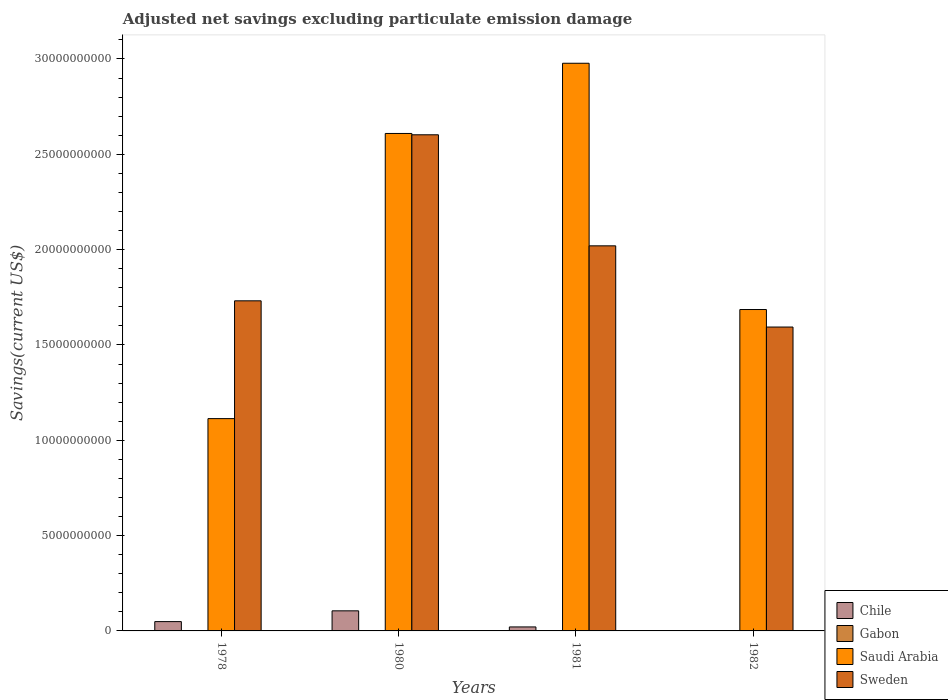
| Years | Chile | Gabon | Saudi Arabia | Sweden |
 | --- | --- | --- | --- | --- |
 | 1978 | 4.88e+08 | -2.88e+08 | 1.11e+10 | 1.73e+10 |
 | 1980 | 1.05e+09 | -2.66e+08 | 2.61e+10 | 2.6e+10 |
 | 1981 | 2.09e+08 | 2.07e+07 | 2.98e+10 | 2.02e+10 |
 | 1982 | -1.83e+09 | -6.08e+07 | 1.69e+10 | 1.59e+10 |